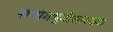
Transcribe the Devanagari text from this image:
संयोगभूमीसारख्या